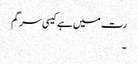
رت میں ہے کیسی سرگم
۔